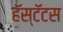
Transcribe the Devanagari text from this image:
हॅस्टॅटस